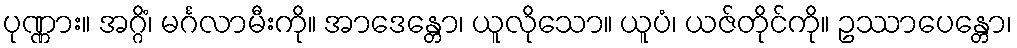
ပုဏ္ဏား။ အဂ္ဂိံ၊ မင်္ဂလာမီးကို။ အာဒေန္တော၊ ယူလိုသော။ ယူပံ၊ ယဇ်တိုင်ကို။ ဥဿာပေန္တော၊